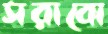
সরাবো